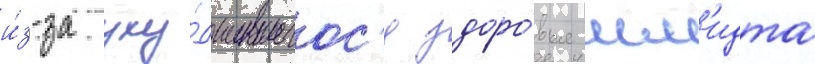
и́з-за уху́дшившегос'я здоро́вья шм'идта